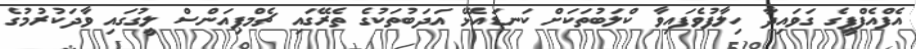
އެފްއެފްޕީގެ ގަވައިދާ ހިލާފުވެފައިވާ ކްލަބުތަކަށް ކަނޑައެޅޭ އަދަބުތަކުގެ ތެރޭގައި ޗެމްޕިއަންސް ލީގުގައި ވާދަކުރުމުގެ